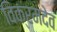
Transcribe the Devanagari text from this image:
विक्रमदेव